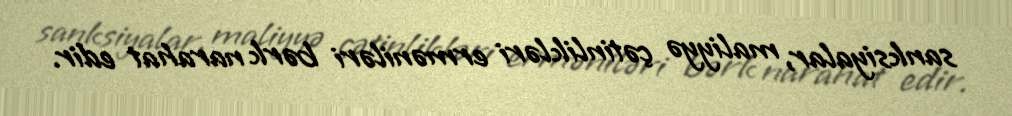
sanksiyalar, maliyyə çətinlikləri erməniləri bərk narahat edir.